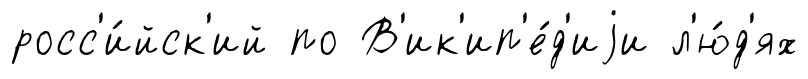
росс'и́йск'ий по В'ик'ип'е́д'иjи л'ю́д'ях